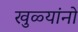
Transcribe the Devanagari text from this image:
खुळ्यांनो